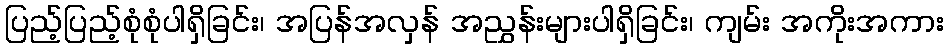
ပြည့်ပြည့်စုံစုံပါရှိခြင်း၊ အပြန်အလှန် အညွှန်းများပါရှိခြင်း၊ ကျမ်း အကိုးအကား